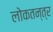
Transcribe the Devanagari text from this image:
लोकतन्‍त्र